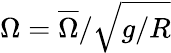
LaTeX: \Omega=\overline{{\Omega}}/\sqrt{g/R}